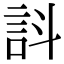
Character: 䚵